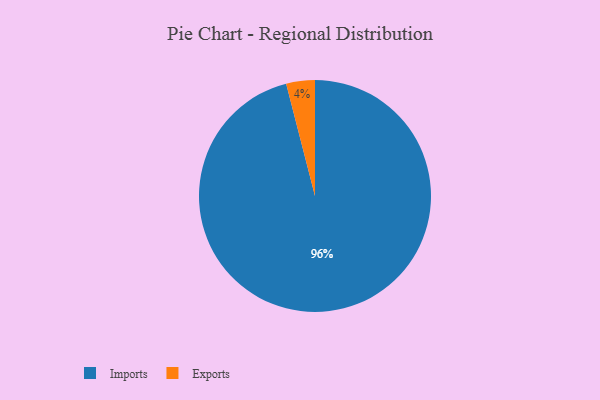
{"axis": {"x": "Category", "y": "Percentage"}, "legend": ["Exports", "Imports"], "data": [{"x": "Exports", "y": 4, "type": "Exports"}, {"x": "Imports", "y": 96, "type": "Imports"}]}